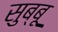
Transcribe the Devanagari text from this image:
सुब्बू